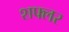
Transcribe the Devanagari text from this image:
शफ्लर